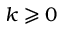
k \geqslant 0